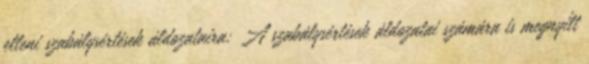
elleni szabálysértések áldozataira; A szabálysértések áldozatai számára is megnyílt